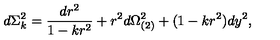
d \Sigma _ { k } ^ { 2 } = { \frac { d r ^ { 2 } } { 1 - k r ^ { 2 } } } + r ^ { 2 } d \Omega _ { ( 2 ) } ^ { 2 } + ( 1 - k r ^ { 2 } ) d y ^ { 2 } ,